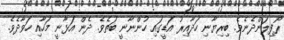
ރޯފިލަންދެނެވެ. ބިރިޔާނި ހަދާއިރު އަޑީގައި ހުންނާނީ ބަތެވެ. ދެން އަޅާނީ މަހާއި ހަވާދެވެ.